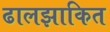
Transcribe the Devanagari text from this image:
ढालझाकित